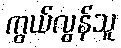
ကွယ်လွန်သူ